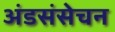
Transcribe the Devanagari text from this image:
अंडसंसेचन